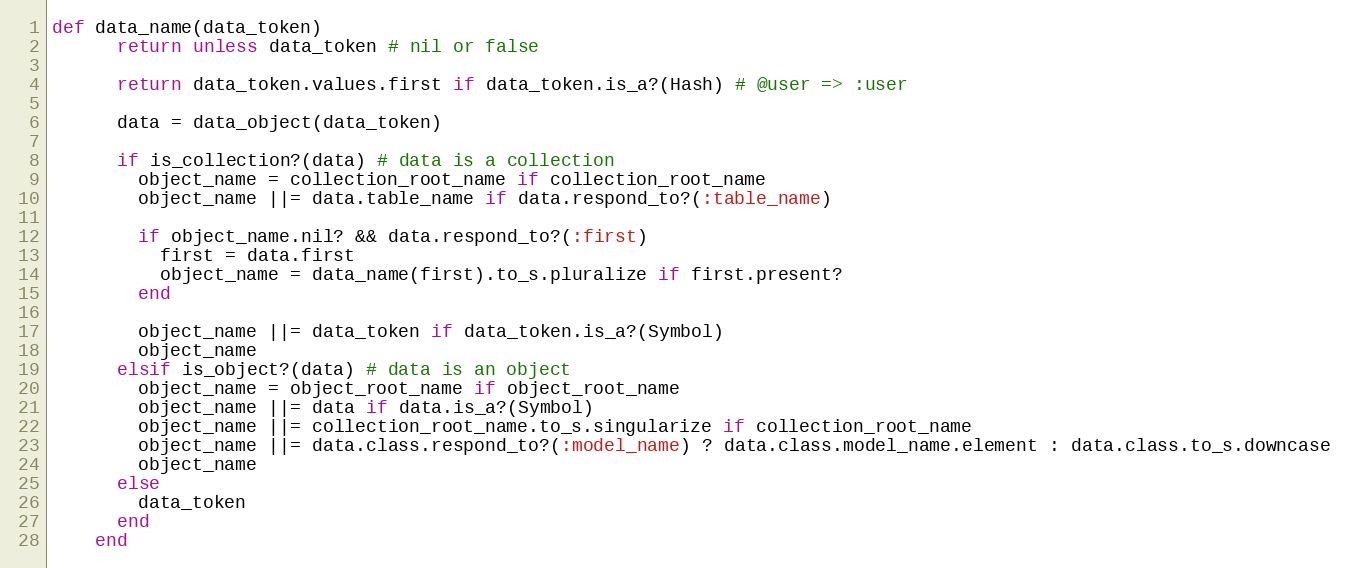
Language: Ruby
def data_name(data_token)
      return unless data_token # nil or false

      return data_token.values.first if data_token.is_a?(Hash) # @user => :user

      data = data_object(data_token)

      if is_collection?(data) # data is a collection
        object_name = collection_root_name if collection_root_name
        object_name ||= data.table_name if data.respond_to?(:table_name)

        if object_name.nil? && data.respond_to?(:first)
          first = data.first
          object_name = data_name(first).to_s.pluralize if first.present?
        end

        object_name ||= data_token if data_token.is_a?(Symbol)
        object_name
      elsif is_object?(data) # data is an object
        object_name = object_root_name if object_root_name
        object_name ||= data if data.is_a?(Symbol)
        object_name ||= collection_root_name.to_s.singularize if collection_root_name
        object_name ||= data.class.respond_to?(:model_name) ? data.class.model_name.element : data.class.to_s.downcase
        object_name
      else
        data_token
      end
    end